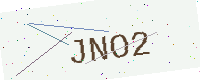
Text: JNO2